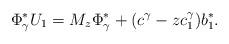
LaTeX: \begin{align*}\Phi_\gamma^* U_1 = M_z \Phi_\gamma^* + (c^\gamma-zc_1^\gamma) b_1^*. \end{align*}